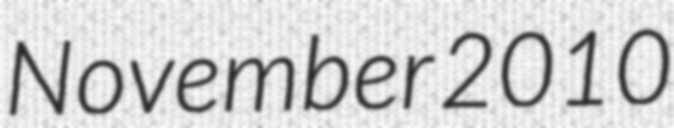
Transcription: November 2010